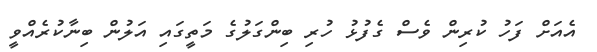
އެއަށް ފަހު ކުރިން ވެސް ގެފުޅު ހުރި ބިންގަލުގެ މަތީގައި އަލުން ބިނާކުރެއްވީ